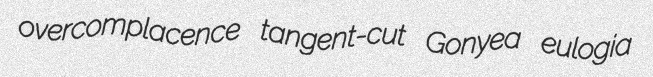
overcomplacence tangent-cut Gonyea eulogia